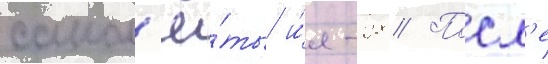
самол'ё́ты и́л-28 // Посл'е